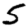
Digit: 5